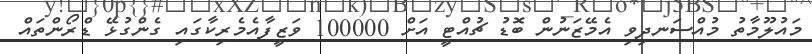
މައުލޫމާތު މުއްސަނދިވި އެމޭޒަނުން ބޮޑު ޗުއްޓީ އަށް 100000 ވަޒީފާއެމެރިކާގައި ގެންގުޅޭ ޑްރޯންތައް